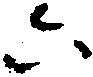
六